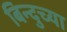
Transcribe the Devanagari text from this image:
बिन्दुच्या